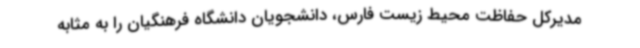
مدیرکل حفاظت محیط زیست فارس، دانشجویان دانشگاه فرهنگیان را به مثابه